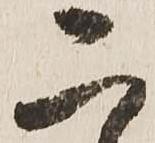
二